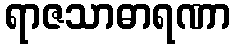
ရာဇသာဓာရဏာ